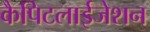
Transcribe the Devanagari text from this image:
कैपिटलाईजेशन